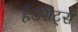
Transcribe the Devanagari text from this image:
हैंडसेट्स